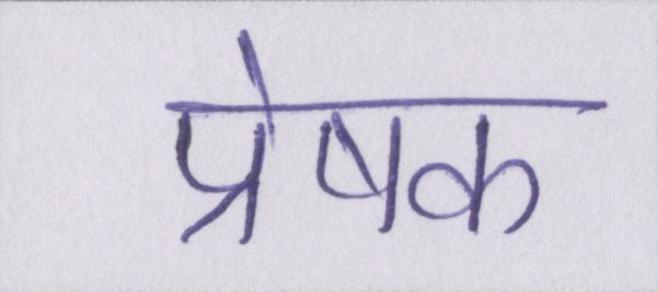
प्रेषक